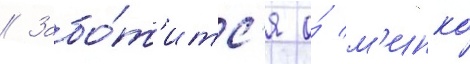
// Забо́т'итс'я о́ м'инко